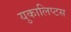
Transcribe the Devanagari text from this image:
युकालिप्टस